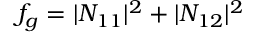
f _ { g } = \vert N _ { 1 1 } \vert ^ { 2 } + \vert N _ { 1 2 } \vert ^ { 2 }